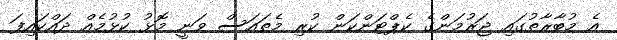
އެ މުބާރާތުގައި ޖަރުމަންގެ ކެޕްޓަންކަން ކުރި މެތައަސް ވަނީ މޮޅު ކުޅުމެއް ދައްކައިފަ